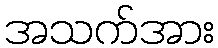
အသက်အား